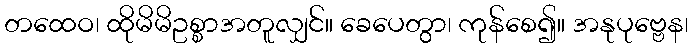
တထေဝ၊ ထိုမိမိဥစ္စာအတူလျှင်။ ခေပေတွာ၊ ကုန်စေ၍။ အနုပုဗ္ဗေန၊